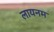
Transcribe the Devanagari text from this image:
लायनम